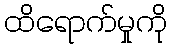
ထိရောက်မှုကို